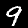
Digit: 9